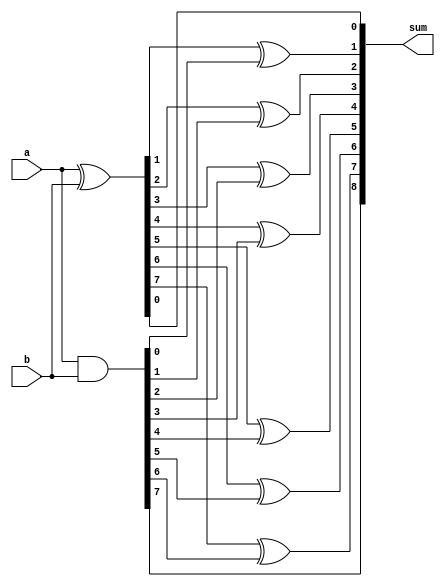
module brent_kung_adder (
    input [7:0] a,
    input [7:0] b,
    output [8:0] sum
);

wire [8:0] p, g;

assign p = a ^ b;
assign g = a & b;

assign sum[0] = p[0];
assign sum[1] = p[1] ^ g[0];
assign sum[2] = p[2] ^ g[1];
assign sum[3] = p[3] ^ g[2];
assign sum[4] = p[4] ^ g[3];
assign sum[5] = p[5] ^ g[4];
assign sum[6] = p[6] ^ g[5];
assign sum[7] = p[7] ^ g[6];
assign sum[8] = p[8] ^ g[7];

endmodule